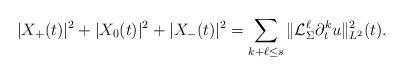
LaTeX: \begin{align*}&|X_+(t)|^2+|X_0(t)|^2+|X_-(t)|^2=\sum_{k+\ell\leq s} \| \mathcal{L}_{\Sigma}^{\ell}\partial^{k}_t u \|_{L^2}^2(t). \end{align*}